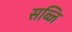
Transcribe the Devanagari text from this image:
सब्जि